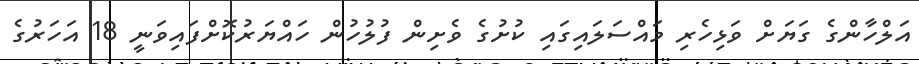
އަލްހާންގެ ގަޔަށް ވަޅިހެރި މައްސަލައިގައި ކުށުގެ ވެށިން ފުލުހުން ހައްޔަރުކޮށްފައިވަނީ 18 އަހަރުގެ